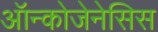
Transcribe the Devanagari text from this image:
ऑन्कोजेनेसिस